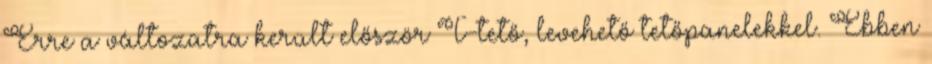
Erre a változatra került először T-tető, levehető tetőpanelekkel. Ebben